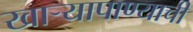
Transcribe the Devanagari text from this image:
खार्‍यापाण्याची